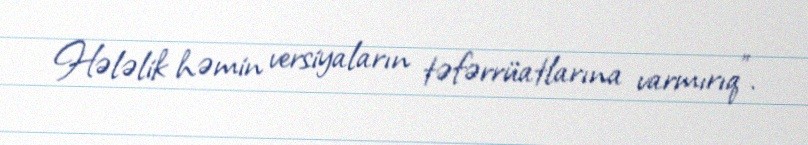
Hələlik həmin versiyaların təfərrüatlarına varmırıq".